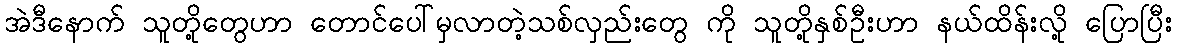
အဲဒီနောက် သူတို့တွေဟာ တောင်ပေါ်မှလာတဲ့သစ်လှည်းတွေ ကို သူတို့နှစ်ဦးဟာ နယ်ထိန်းလို့ ပြောပြီး